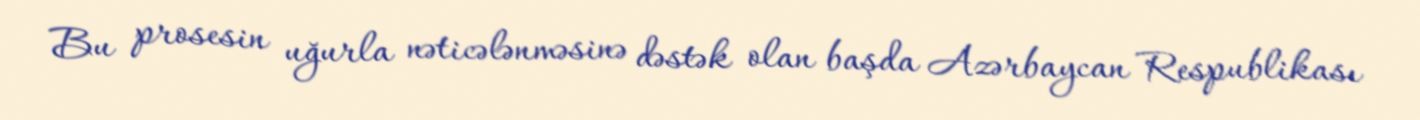
Bu prosesin uğurla nəticələnməsinə dəstək olan başda Azərbaycan Respublikası